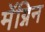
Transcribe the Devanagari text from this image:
मॅग्निन